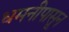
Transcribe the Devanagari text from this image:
धमनीपासून